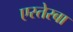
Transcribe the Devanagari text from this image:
एस्तेरबा